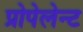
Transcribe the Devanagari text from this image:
प्रोपेलेन्ट